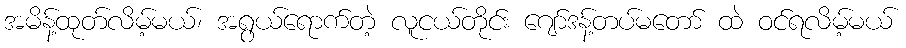
အမိန့်ထုတ်လိမ့်မယ်၊ အရွယ်ရောက်တဲ့ လူငယ်တိုင်း ဂျော်ဒန့်တပ်မတော် ထဲ ဝင်ရလိမ့်မယ်